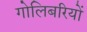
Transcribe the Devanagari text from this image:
गोलिबरियों